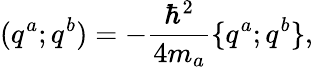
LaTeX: (q^{a};q^{b})=-{\frac{\hbar^{2}}{4m_{a}}}\{ q^{a};q^{b}\} ,